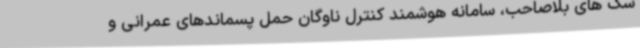
سگ های بلاصاحب، سامانه هوشمند کنترل ناوگان حمل پسماندهای عمرانی و